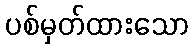
ပစ်မှတ်ထားသော